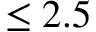
\leq 2 . 5